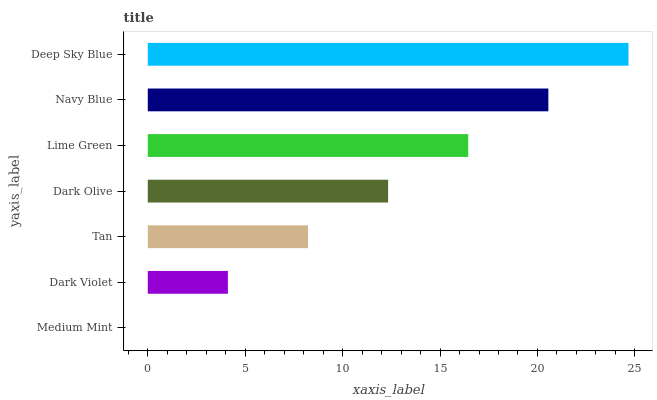
| yaxis_label | bars |
 | --- | --- |
 | Medium Mint | 0 |
 | Dark Violet | 4.11 |
 | Tan | 8.22 |
 | Dark Olive | 12.3 |
 | Lime Green | 16.4 |
 | Navy Blue | 20.6 |
 | Deep Sky Blue | 24.7 |